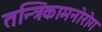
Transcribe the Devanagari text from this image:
तन्त्रिकामनोरोग